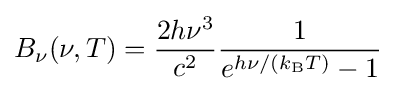
B_{\nu }(\nu ,T)={\frac {2h\nu ^{3}}{c^{2}}}{\frac {1}{e^{h\nu /(k_{\mathrm {B} }T)}-1}}